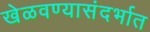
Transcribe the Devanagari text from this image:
खेळवण्यासंदर्भात